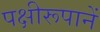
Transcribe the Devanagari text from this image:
पक्षीरूपानें